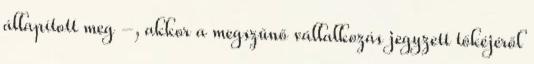
állapított meg -, akkor a megszűnő vállalkozás jegyzett tőkéjéről